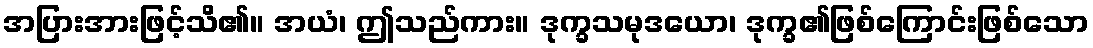
အပြားအားဖြင့်သိ၏။ အယံ၊ ဤသည်ကား။ ဒုက္ခသမုဒယော၊ ဒုက္ခ၏ဖြစ်ကြောင်းဖြစ်သော